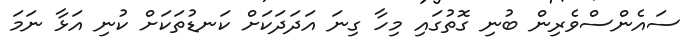
ސައެންސްވެރިން ބުނި ގޮތުގައި މިހާ ގިނަ އަދަދަކަށް ކަނޑުތަކަށް ކުނި އަޅާ ނަމަ